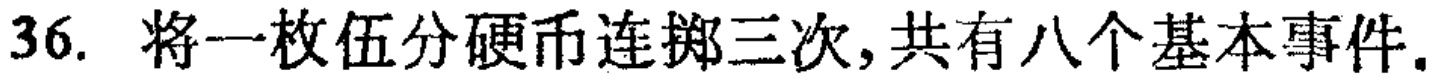
36. 将一枚伍分硬币连掷三次, 共有八个基本事件.